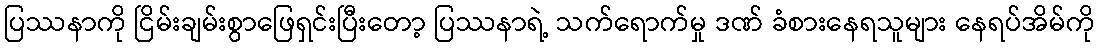
ပြဿနာကို ငြိမ်းချမ်းစွာဖြေရှင်းပြီးတော့ ပြဿနာရဲ့ သက်ရောက်မှု ဒဏ် ခံစားနေရသူများ နေရပ်အိမ်ကို